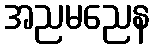
အညမညေန